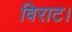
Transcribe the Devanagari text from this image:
विराट।